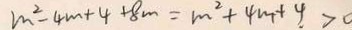
m ^ { 2 } - 4 m + 4 + 8 m = m ^ { 2 } + 4 m + 4 . > 0